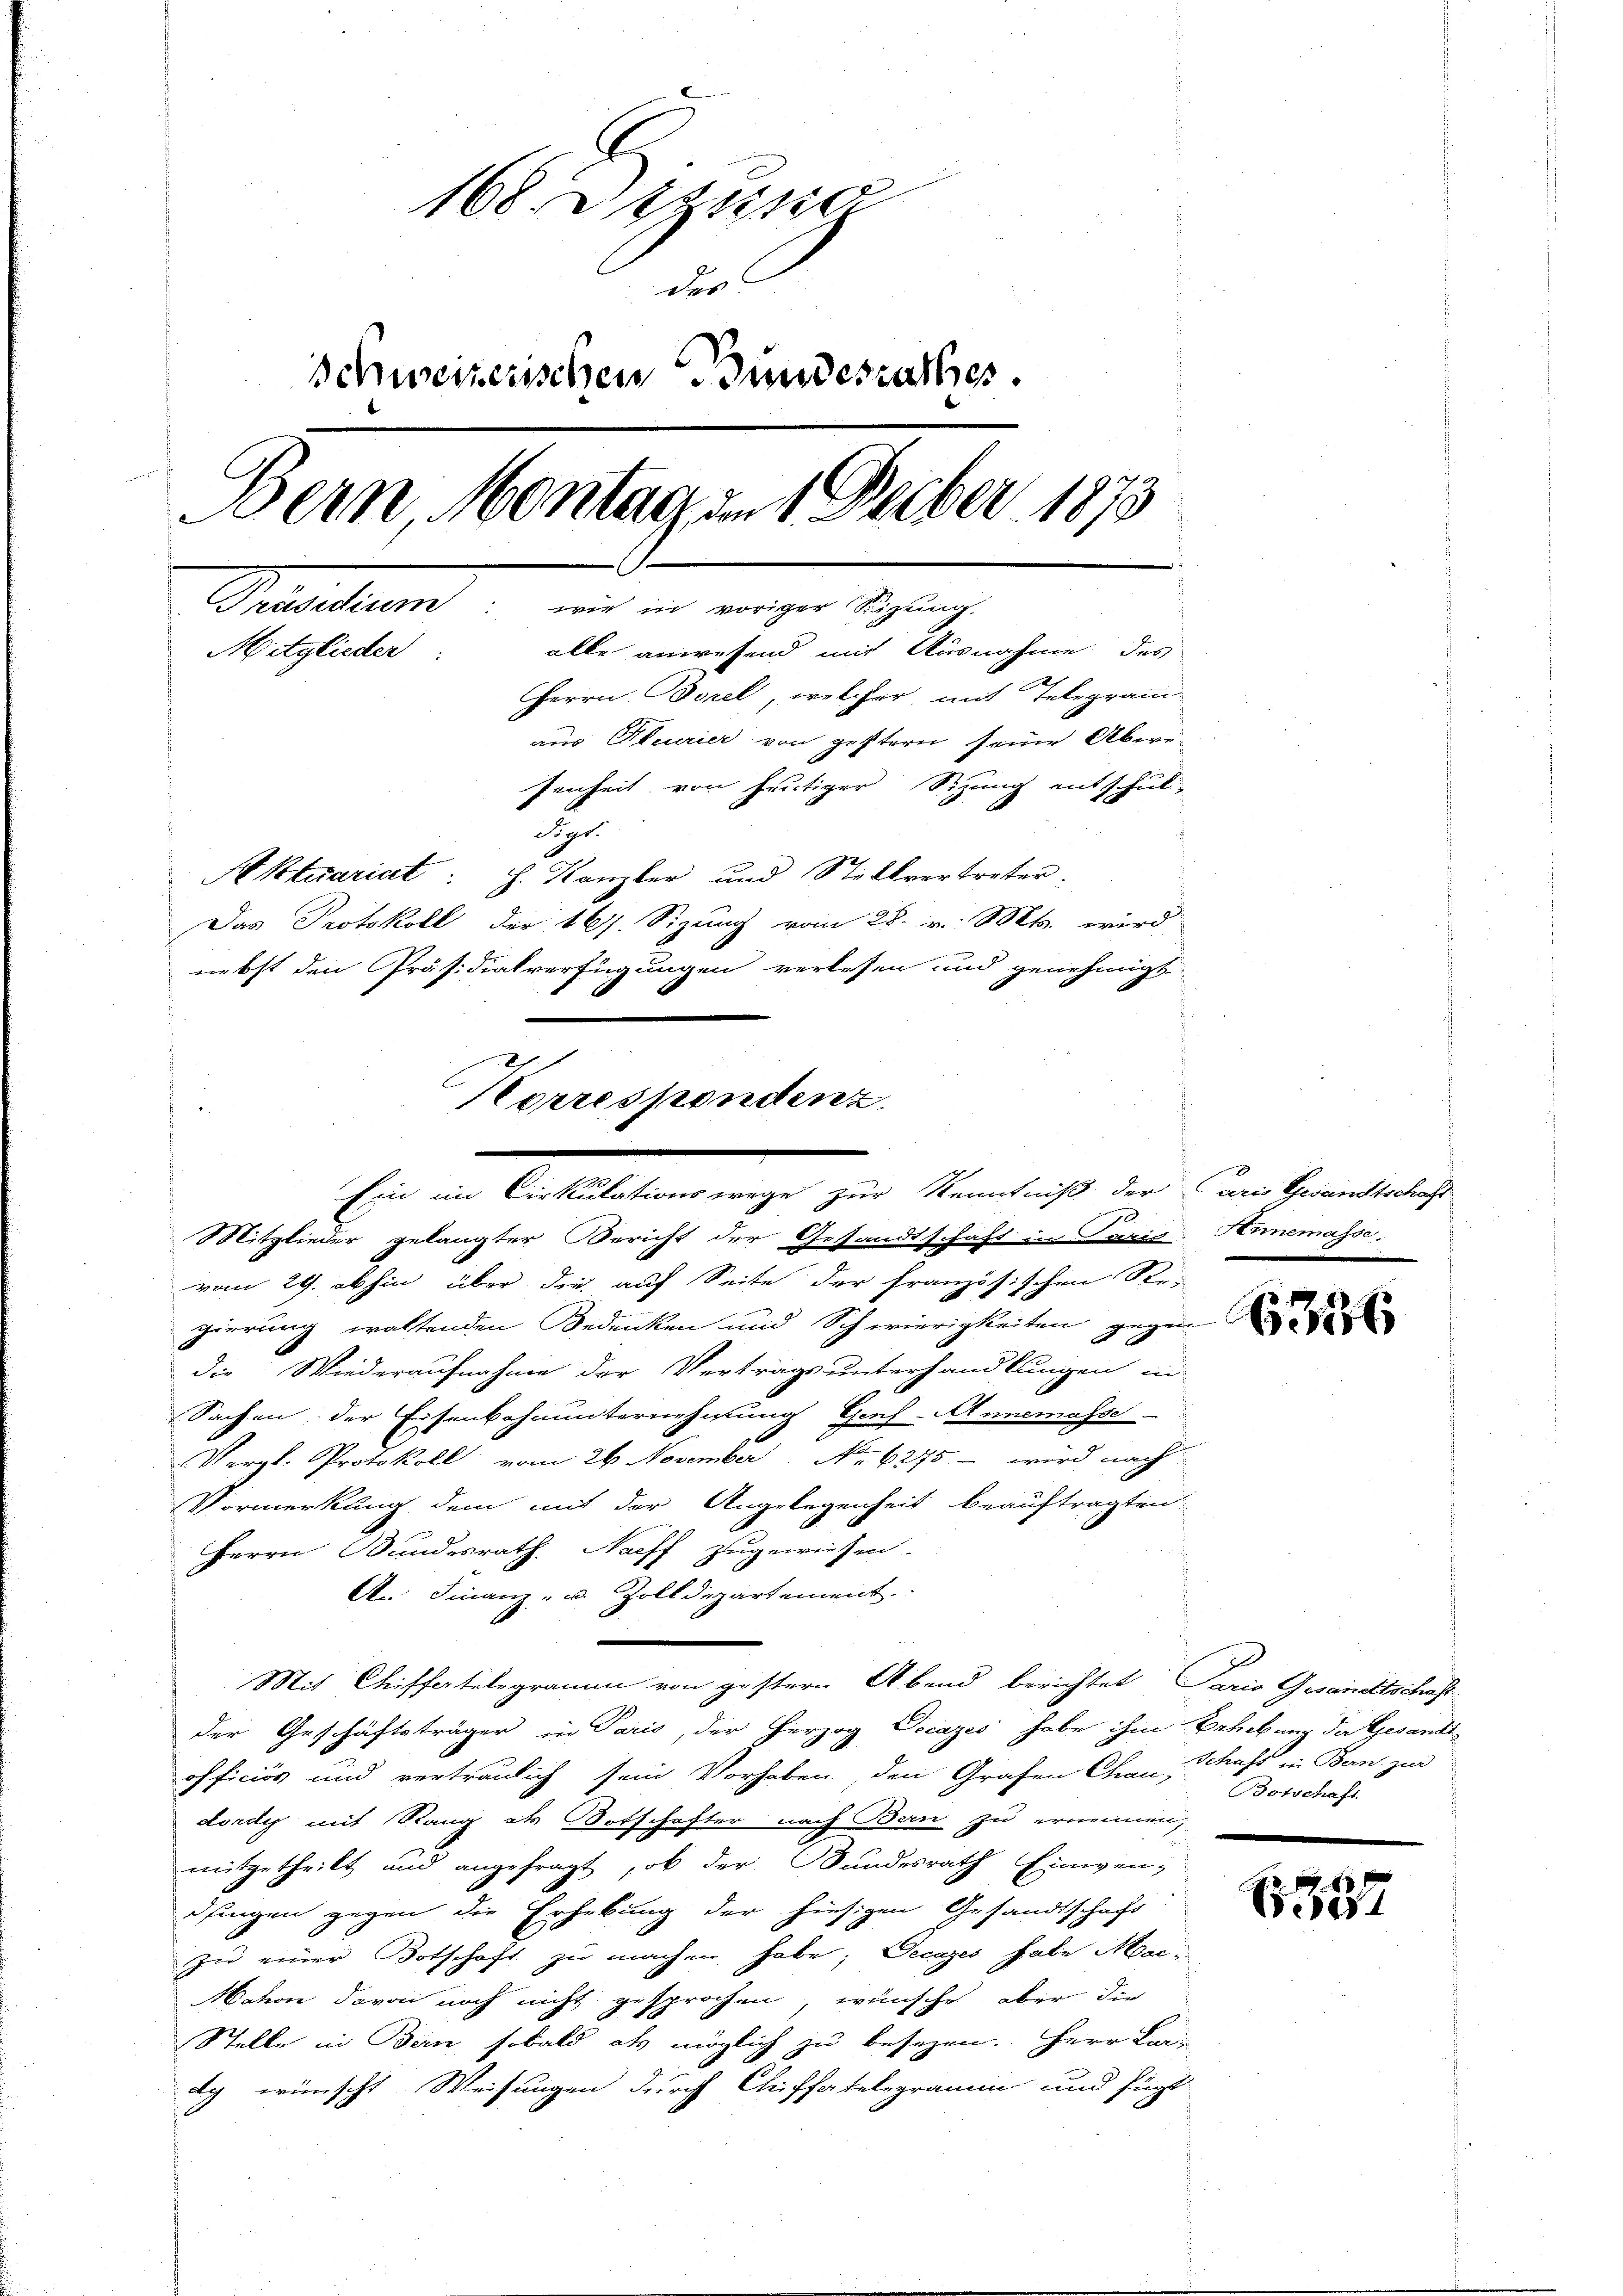
168 Stund
des
Schweizerischen Bundesrathes.
Bern Montag am 1 Feber 1873
Präsidium: wie in voriger Seizung.
Mitglieder
alle anwesend mit Ausnahme des
Herrn Borel, welcher mit Telegram
aus Pfeurier von gestern seine Abwe-
fenheit von heutiger Sitzung entschuldigt.
Aktuariat h. Kanzler und Stellvertreter.
Das Protokoll der 167. Sizung vom 28. v. Mts. wird
nebst den Präsidialverfügungen verlesen und genehmigt

E
Korrespondenz
Ein im Cirkulationswege zur Kenntniß der Paris Gesandtschaft
Mitglieder gelangter Bericht der Gesandtschaft in Paris Hnnemasse.

vom 29. abhin über die auf Seite der Französischen Re-
gierung eraltenden Bedenken und Schwierigkeiten gegen
die Wiederaufnahme der Vertrags unterhandlungen in
Sachen der Eisenbahnunternehmung Genf-Annemasse
Vergl. Protokoll, vom 26. November. No. 6275 - wird nach
Vormerkung dem mit der Angelegenheit beauftragten
Herrn Bundesrath. Nachf zugewiesen.
An Finanz- u. Zolldepartement
Mit Chiffatelegramm von gestern Abend berichtet Pario Gesandtschaft
der Geschäftsträger in Paris, der Herzog Docazis habe ihm Erhebung der Gesandtofficios und vertraulich sein Vorhaben den Grafen Chan, Schaft in Bern, zur
dordy mit Rang als Totschafter nach Bern zu ernennen,
mitgetheilt und angefragt, ob der Bundesrath Einwen-
dingen gegen die Erhebung der hiesigen Gesandtschaft
zu einer Botschaft zu machen habe; Secazes habe Mari
Cahon davon noch nicht gesprochen, wünsche, aber die
Stelle in Bern sobald als möglich zu besezen. Herr Bar-
dg wünscht Weisungen durch Chiffatelegramm und fügt

Botschaft

52